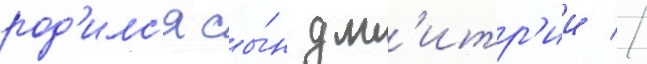
род'илс'я сы́н дм'итр'ии //